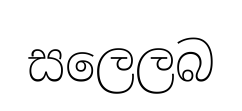
සලෙලබ